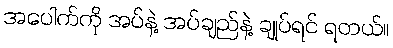
အပေါက်ကို အပ်နဲ့ အပ်ချည်နဲ့ ချုပ်ရင် ရတယ်။